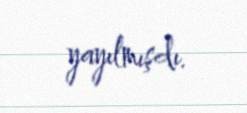
yayılmışdı.